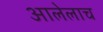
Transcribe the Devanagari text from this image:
आलेलाच